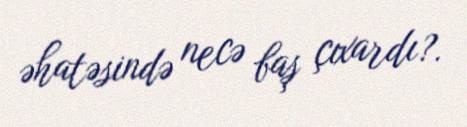
əhatəsində necə baş çıxardı?.